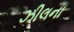
ઝીલના